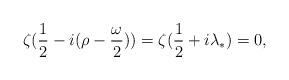
LaTeX: \begin{align*}\zeta (\frac{1}{2} -i(\rho-\frac{\omega}{2})) = \zeta(\frac{1}{2}+i\lambda_{*}) = 0,\end{align*}